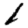
Digit: 1